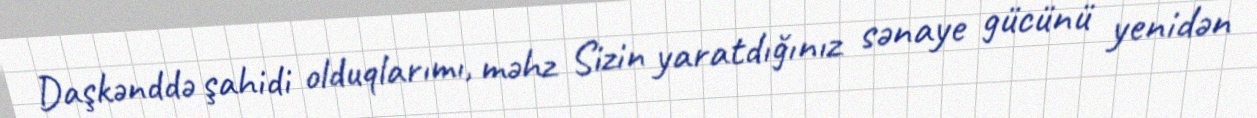
Daşkənddə şahidi olduqlarımı, məhz Sizin yaratdığınız sənaye gücünü yenidən